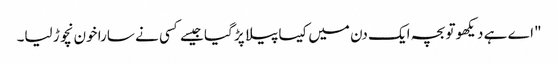
"اے ہے دیکھو تو بچہ ایک دن میں کیسا پیلا پڑ گیا جیسے کسی نے سارا خون نچوڑ لیا۔